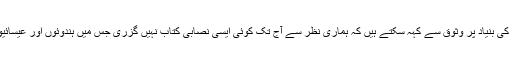
ہم اپنے طویل مشاہدے اور تجربے کی بنیاد پر وثوق سے کہہ سکتے ہیں کہ ہماری نظر سے آج تک کوئی ایسی نصابی کتاب نہیں گزری جس میں ہندوئوں اور عیسائیوں سے نفرت کی تلقین کی گئی ہو۔